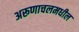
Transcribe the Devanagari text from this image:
अरूणाचलमधील